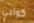
كولبي